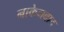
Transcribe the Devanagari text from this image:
नाकेनवाद